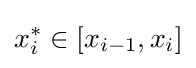
x_{i}^{*}\in [x_{i-1},x_{i}]